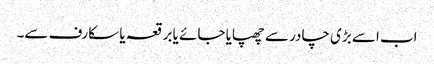
اب اسے بڑی چادر سے چھپایا جائے یا برقعہ یا سکارف سے۔